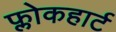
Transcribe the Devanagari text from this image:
फ्लोकहार्ट